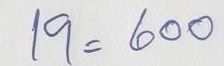
19 = 600